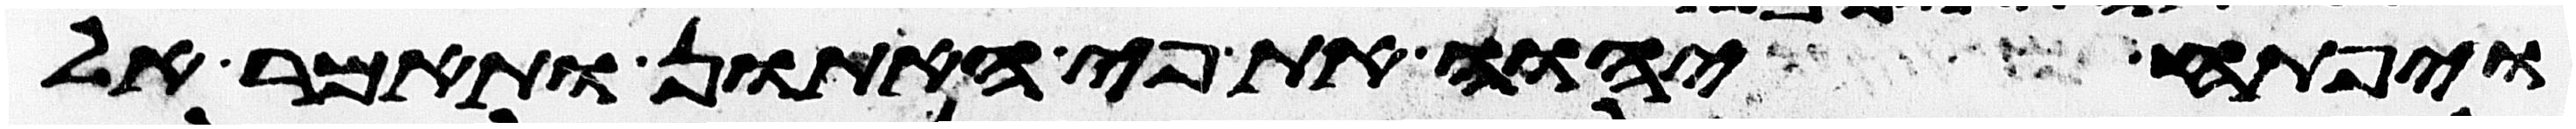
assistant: ויפתח יהוה את פי האתון ותאמר אל